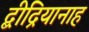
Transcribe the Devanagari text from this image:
द्बीद्रियानाह